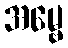
အမ္ဗေ